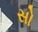
સો